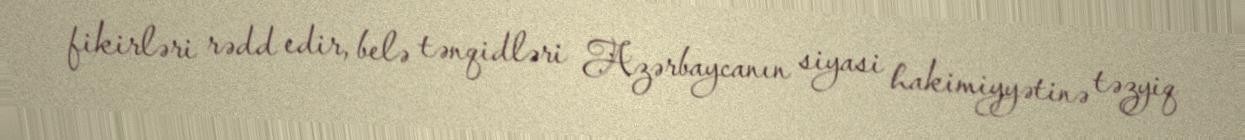
fikirləri rədd edir, belə tənqidləri Azərbaycanın siyasi hakimiyyətinə təzyiq